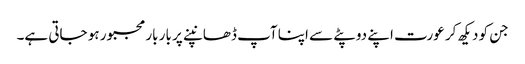
جن کو دیکھ کر عورت اپنے دوپٹے سے اپنا آپ ڈھانپنے پر بار بار مجبور ہو جاتی ہے۔